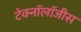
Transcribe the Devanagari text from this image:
टेक्नॉलॉजीस